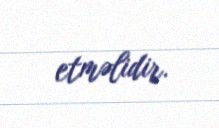
etməlidir.